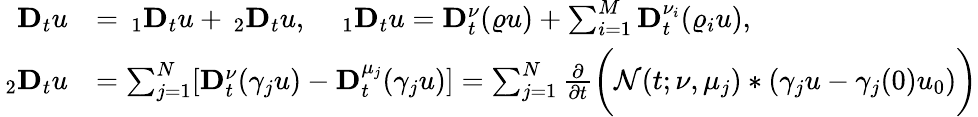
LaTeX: \begin{array}{rl}{\mathbf{D}_{t}u}&{=\, _{1}\mathbf{D}_{t}u+\, _{2}\mathbf{D}_{t}u,\quad\, _{1}\mathbf{D}_{t}u=\mathbf{D}_{t}^{\nu}(\varrho u)+\sum_{i=1}^{M}\mathbf{D}_{t}^{\nu_{i}}(\varrho_{i}u),}\\ {\, _{2}\mathbf{D}_{t}u}&{=\sum_{j=1}^{N}[\mathbf{D}_{t}^{\nu}(\gamma_{j}u)-\mathbf{D}_{t}^{\mu_{j}}(\gamma_{j}u)]=\sum_{j=1}^{N}\frac{\partial}{\partial t}\bigg(\mathcal{N}(t;\nu,\mu_{j})*(\gamma_{j}u-\gamma_{j}(0)u_{0})\bigg)}\end{array}